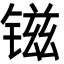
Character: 镃